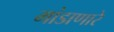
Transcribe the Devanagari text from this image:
मांडाणारे